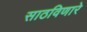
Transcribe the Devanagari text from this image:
साठविणारे